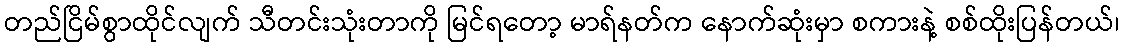
တည်ငြိမ်စွာထိုင်လျက် သီတင်းသုံးတာကို မြင်ရတော့ မာရ်နတ်က နောက်ဆုံးမှာ စကားနဲ့ စစ်ထိုးပြန်တယ်၊